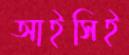
আইসিই